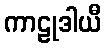
ကာဠုဒါယီ